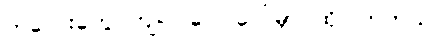
ကလေးတွေ ကျုပ် ပေါင်ပေါ်မှာ ထိုင်ကြတယ်။